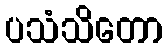
ပသံသိတော